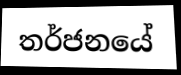
තර්ජනයේ